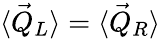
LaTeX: \langle\vec{Q}_{L}\rangle=\langle\vec{Q}_{R}\rangle